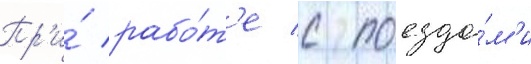
Пр'и́ рабо́т'е с поезда́м'и